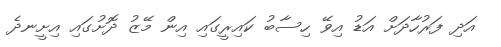
އަދި ފަރުހާދަށް އަޑު އިވޭ ހިސާބު ކައިރީގައި އިން މޭޒު ދޮށުގައި އިށީނދެ